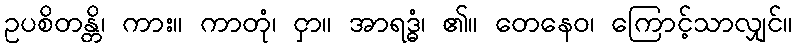
ဥပစိတန္တိ၊ ကား။ ကာတုံ၊ ငှာ။ အာရဒ္ဓံ၊ ၏။ တေနေဝ၊ ကြောင့်သာလျှင်။